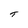
Character: T